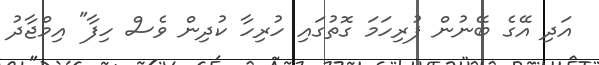
އަދި އޭގެ ބޭނުން ފުރިހަމަ ގޮތުގައި ހުރިހާ ކުދިން ވެސް ހިފާ" އިމްޖާދު